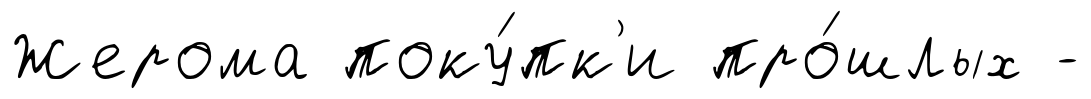
Жерома поку́пк'и про́шлых -